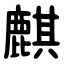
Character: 麒